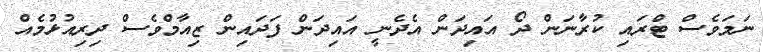
ނަމަވެސް ޓްރައި ކުރާނަން ދޯ އައިދަން އެދެނީ އައިދަން ފަދައިން ޒިއާމްވެސް ދިރިއުޅުމެއް